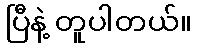
ပြီနဲ့ တူပါတယ်။